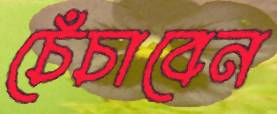
চেঁচাবেন